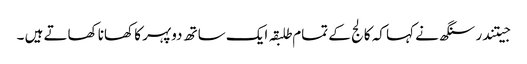
جیتندر سنگھ نے کہا کہ کالج کے تمام طلبقہ ایک ساتھ دوپہر کا کھانا کھاتے ہیں ۔